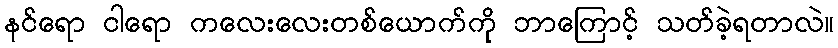
နင်ရော ငါရော ကလေးလေးတစ်ယောက်ကို ဘာကြောင့် သတ်ခဲ့ရတာလဲ။